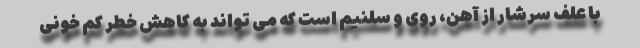
با علف سرشار از آهن، روی و سلنیم است که می تواند به کاهش خطر کم خونی